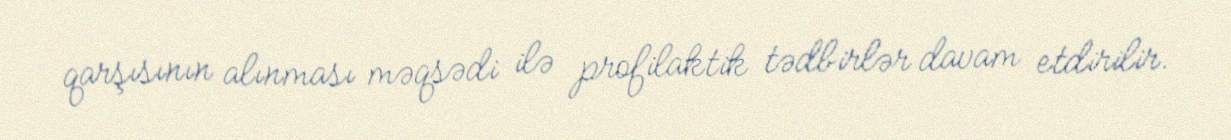
qarşısının alınması məqsədi ilə profilaktik tədbirlər davam etdirilir.